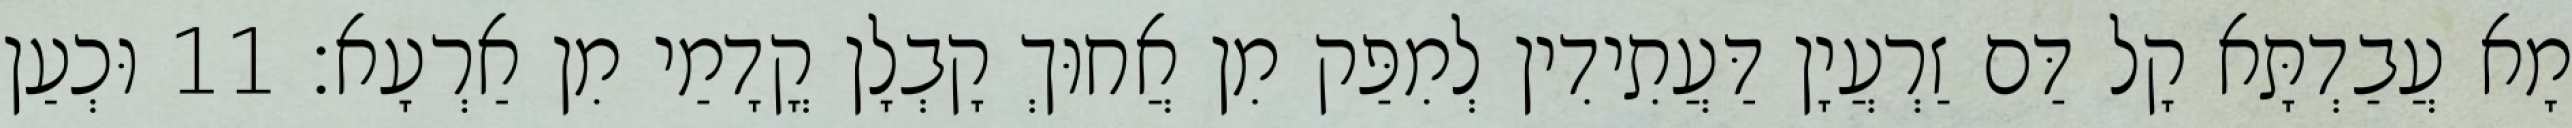
מָא עֲבַדְתָּא קָל דַּם זַרְעֲיָן דַּעֲתִידִין לְמִפַּק מִן אֲחוּךְ קָבְלָן קֳדָמַי מִן אַרְעָא׃ 11 וּכְעַן